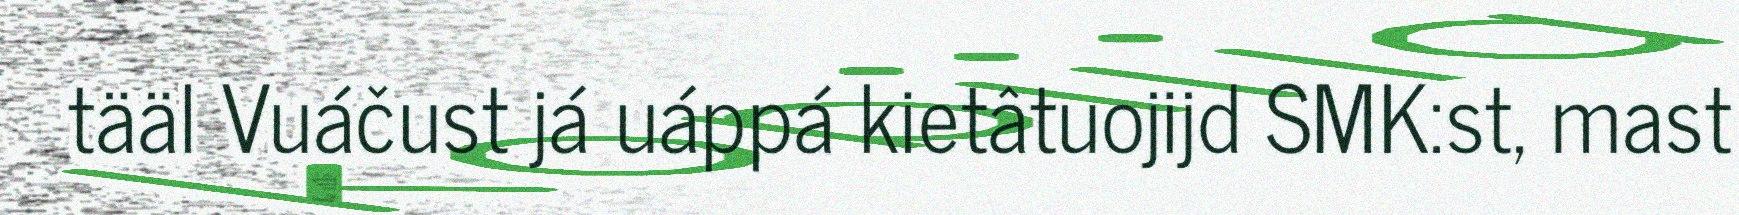
tääl Vuáčust já uáppá kietâtuojijd SMK:st, mast